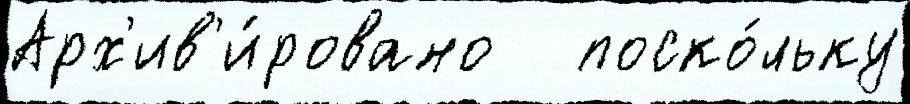
Арх'ив'и́ровано   поско́льку